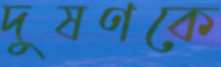
দুষণকে